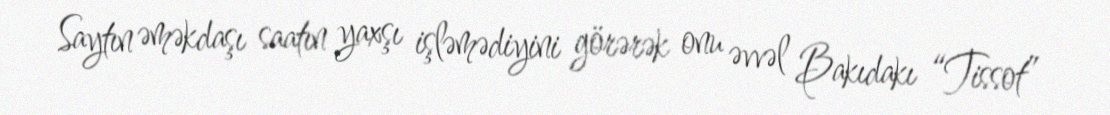
Saytın əməkdaşı saatın yaxşı işləmədiyini görərək onu əvvəl Bakıdakı “Tissot”